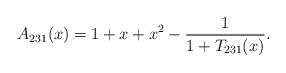
LaTeX: \begin{align*} A_{231}(x) = 1+ x + x^2 - \frac{1}{1 + T_{231}(x)}.\end{align*}